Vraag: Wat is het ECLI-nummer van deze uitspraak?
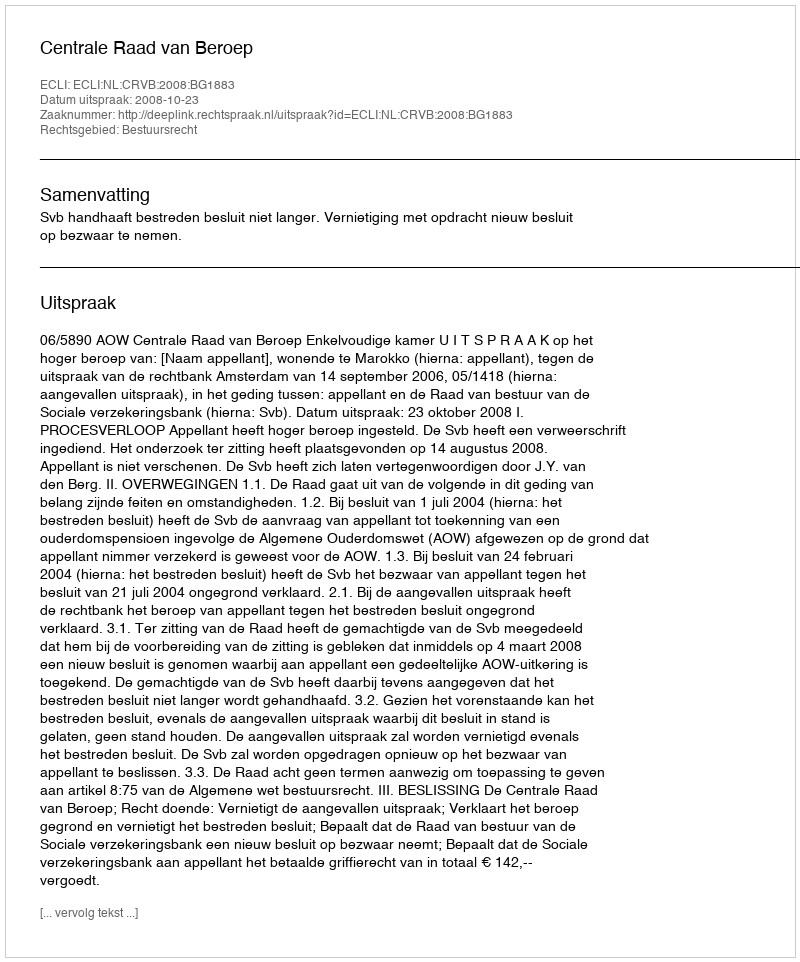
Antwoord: ECLI:NL:CRVB:2008:BG1883